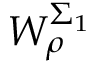
W _ { \rho } ^ { \Sigma _ { 1 } }